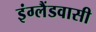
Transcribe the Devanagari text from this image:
इंग्लैंडवासी